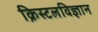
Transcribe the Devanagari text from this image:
क्रिस्टलविज्ञान